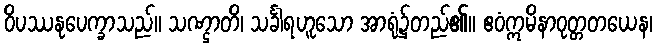
ဝိပဿနုပေက္ခာသည်။ သဏ္ဌာတိ၊ သင်္ခါရဟူသော အာရုံ၌တည်၏။ ဧဝံဣမိနာဝုတ္တတယေန၊